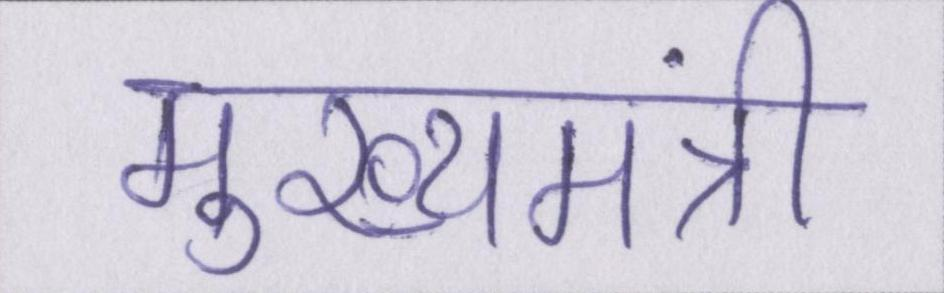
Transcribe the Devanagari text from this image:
मुख्यमंत्री